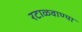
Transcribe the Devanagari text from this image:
रटाळवाण्या